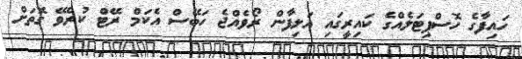
ހައިފާގެ ހޮސްޕިޓަލެއްގެ ކައިރީގައި އަލިފާން ރޯވެއްޖެ ހަބޭސް އެކަމް ރޭޓް ކުރެވޭ ގޮތަށް